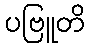
ပဗြူတိ